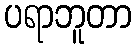
ပရာဘူတာ